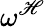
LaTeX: \omega^{\mathscr{H}}